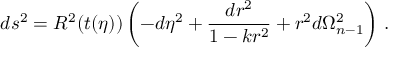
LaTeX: d s ^ { 2 } = R ^ { 2 } ( t ( \eta ) ) \left( - d \eta ^ { 2 } + { \frac { d r ^ { 2 } } { 1 - k r ^ { 2 } } } + r ^ { 2 } d \Omega _ { n - 1 } ^ { 2 } \right) \, .